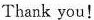
Thank you！